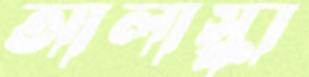
আলাস্কা